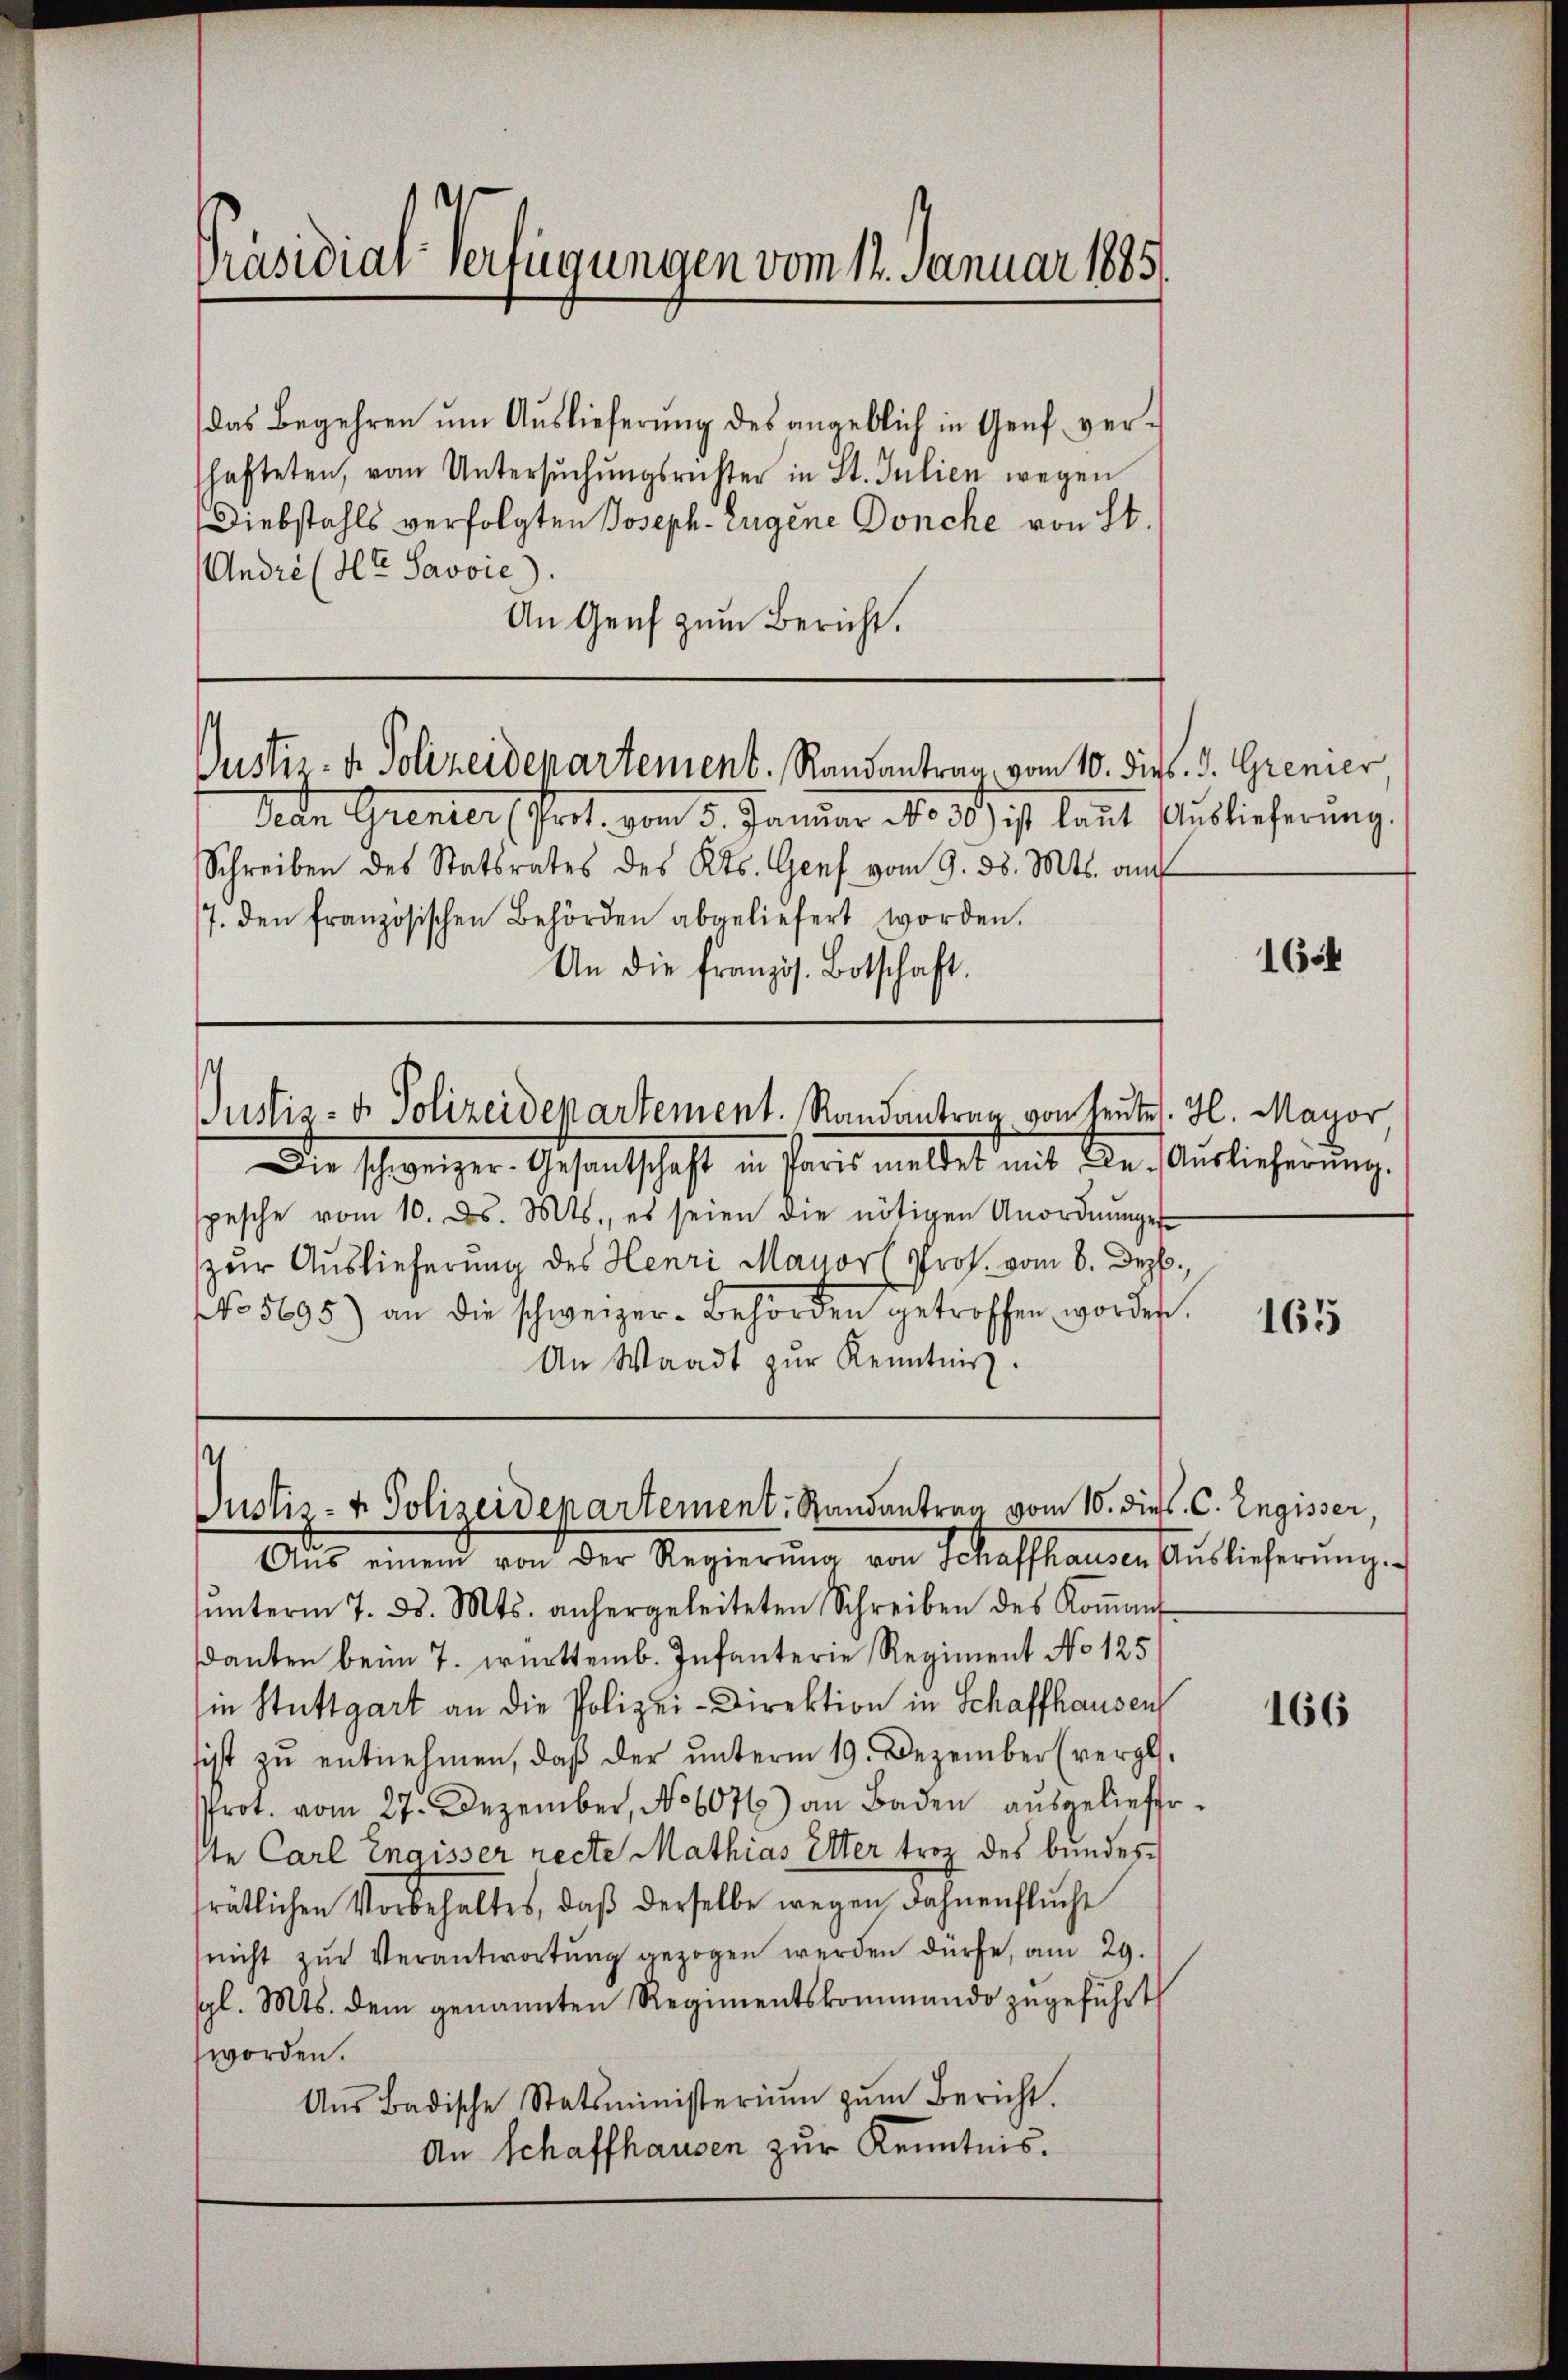
Präsidial-Verfügungen vom 14. Januar 1885.

das Begehren um Auslieferung des angeblich in Genf verschafteten, vom Untersŭchŭngsrichter in St. Julien wegen
Diebstahls verfolgten Joseph. Eugene Donche von St.
Andre (lt. Savoie
An Genf zum Bericht.

Justiz- & Polizeidepartement. Randantrag vom 10. dies J. Grenier,

.

¬
Justiz- & Polizeidepartement. Randantrag vom 10. dies C. Engisser,
Aŭs einem von der Regierŭng von Schaffhausen Auslieferŭng.

Man Grenter (Gret vom 5. Januar No. 35. ist laut Auslieferung.
Schreiben des Statsrates des Kts. Genf vom 9. d. Mts. a
7. den französischen Behörden abgeliefert worden.
An die französ. Botschaft.
Justiz- & Polizeidepartement. Randantrag von Leute. H. Mayor
Die schweizer. Gesandtschaft in Paris meldet mit die Auslieferung.
spesche vom 10. ds. Mts., es seien die nötigen Anordnŭnge
zur Auslieferung des Henri Mayorl Prof. vom 6. Dezb.,
NNo. 5695) an die schweizer-Behörden getroffen worden.
An Waadt zŭr Kenntnis.

ŭnterm 7. ds. Mts. anhergeleiteten Schreiben des Koṁan
danten beim 7. Württemb. Infanterie Regiment No 125
in Stuttgart an die Polizei-Direktion in Schaffhausen
sist zu entnehmen, daß der unterm 19. Dezember (vergl.
Prot. vom 27. Dezember, No 6076) an Baden aŭsgeliefeste Carl Engisser recte Mathias Elter troz des bundessrätlichen Vorbehaltes, daβ derselbe wegen Fahnenflŭcht
snicht zur Verantwortung gezogen werden dürfe, am 29.
gl. Mts. dem genannten Regimentskommando zugeführt
worden.
Aŭs Badische Statsministeriŭm zŭm Bericht.
An Schaffhausen zur Kenntnis.

1654

165

166